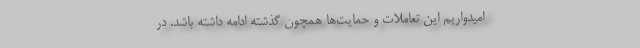
امیدواریم این تعاملات و حمایت‌ها همچون گذشته ادامه داشته باشد. در